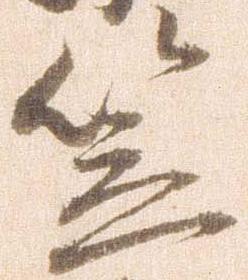
笠